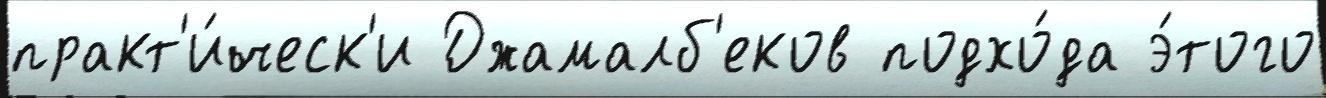
практ'и́ческ'и Джамалб'еков подхо́да э́того